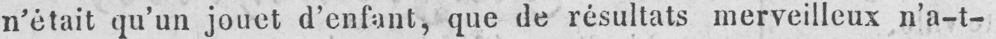
n’était qu’un jouet d’enfant, que de résultats merveilleux n’a-t-